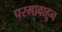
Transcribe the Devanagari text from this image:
परगावाहून